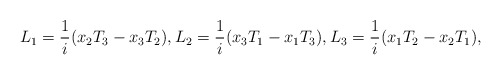
\begin{align*} L_1=\frac{1}{i}(x_2 T_3-x_3 T_2),L_2=\frac{1}{i}(x_3 T_1-x_1 T_3),L_3=\frac{1}{i}(x_1 T_2-x_2 T_1),\end{align*}